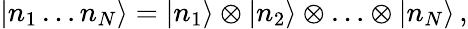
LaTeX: |n_{1}\ldots n_{N}\rangle=|n_{1}\rangle\otimes|n_{2}\rangle\otimes\ldots\otimes|n_{N}\rangle\, ,